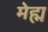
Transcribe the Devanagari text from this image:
मेह्म